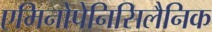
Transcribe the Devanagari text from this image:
एमिनोपेनिसिलैनिक